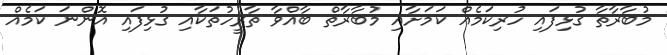
މުބާރާތާ ގުޅިފައި ހުރިކަމެއް ކަމަށާއި މުބާރާތް ބާއްވާ ތާރީހުތަކާއި ގުޅިފައި އޮންނަ ކަމެއް